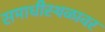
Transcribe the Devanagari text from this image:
समाधीस्थळावर